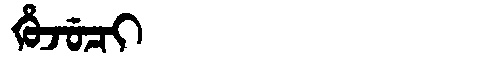
Manchu: ᡥᡠᠵᡠᠴᡳ
Romanization: HUJUCI